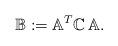
LaTeX: \begin{align*} \mathbb{B}:=\mathbb{A}^{T}\mathbb{C}\,\mathbb{A}. \end{align*}